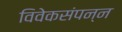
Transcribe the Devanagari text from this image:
विवेकसंपन्न